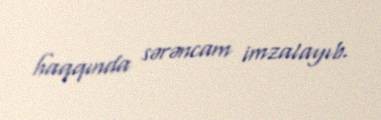
haqqında sərəncam imzalayıb.